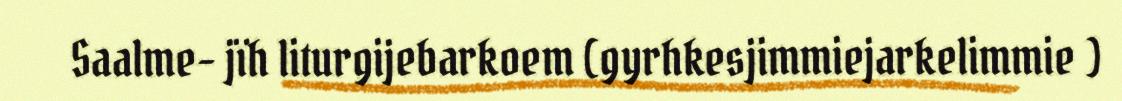
Saalme- jïh liturgijebarkoem (gyrhkesjimmiejarkelimmie )